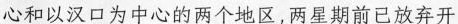
心和以汉口为中心的两个地区，两星期前已放弃开